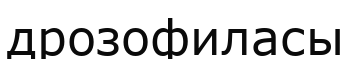
дрозофиласы